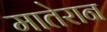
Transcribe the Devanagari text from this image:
मातेरान